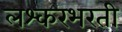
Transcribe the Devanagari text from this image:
लश्करभरती